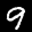
Label: 9